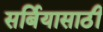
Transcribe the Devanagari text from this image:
सर्बियासाठी